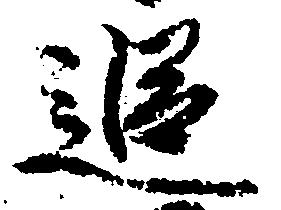
追